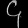
Digit: ၄